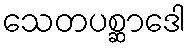
သေတပစ္ဆာဒေါ